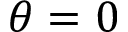
\theta = 0